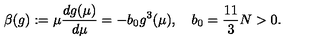
\beta ( g ) : = \mu { \frac { d g ( \mu ) } { d \mu } } = - b _ { 0 } g ^ { 3 } ( \mu ) , \quad b _ { 0 } = { \frac { 1 1 } { 3 } } N > 0 .